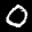
Label: 0